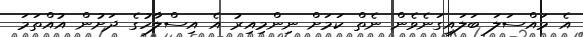
އެ މައްސަލަ ބަލައިގަނެވެން ނެތް ކަމަށް ނިންމިއިރު އެ އިސްލާހުގެ ދަށުން އުއްތަމަ